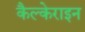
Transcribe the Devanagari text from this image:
कैल्‍केराइन